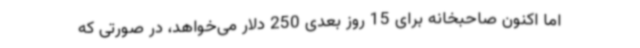
اما اکنون صاحبخانه برای 15 روز بعدی 250 دلار می‌خواهد، در صورتی که